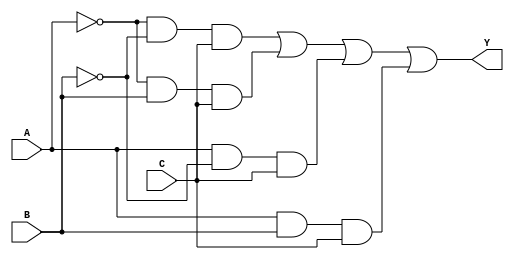
module kmap_3var (
    input wire A,  // Input variable A
    input wire B,  // Input variable B
    input wire C,  // Input variable C
    output wire Y  // Output Y
);

// Combinational logic based on the K-map
// Assuming the K-map results in the following minterms being 1:
// Minterms: 1, 3, 5, 7 (which corresponds to A'B'C, A'BC, AB'C, ABC)
// This gives us the simplified expression: Y = A'B'C + A'BC + AB'C + ABC
assign Y = (~A & ~B & C) | (~A & B & C) | (A & ~B & C) | (A & B & C);

endmodule